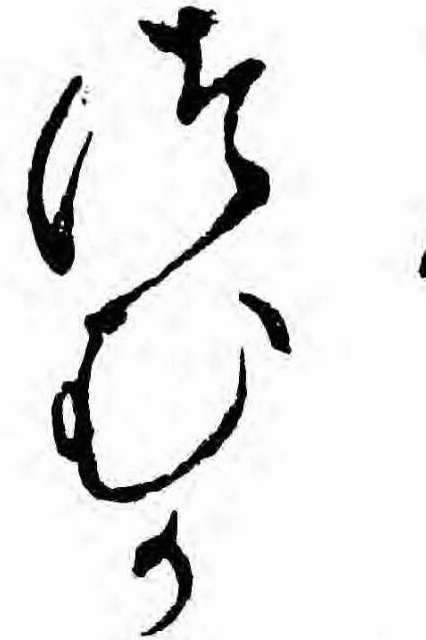
つむか